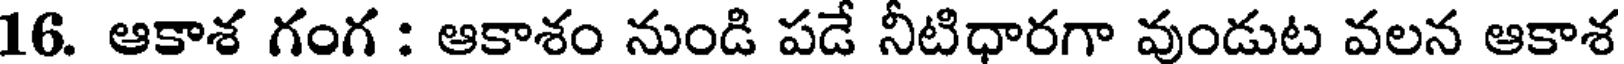
16. ఆకాశ గంగ : ఆకాశం నుండి పడే నీటిధారగా వుండుట వలన ఆకాశ